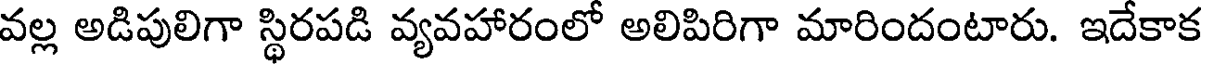
వల్ల అడిపులిగా స్థిరపడి వ్యవహారంలో అలిపిరిగా మారిందంటారు. ఇదేకాక